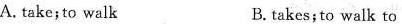
A. take;to walk B. takes;to walk to